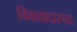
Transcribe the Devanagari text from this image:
विवावादास्पद